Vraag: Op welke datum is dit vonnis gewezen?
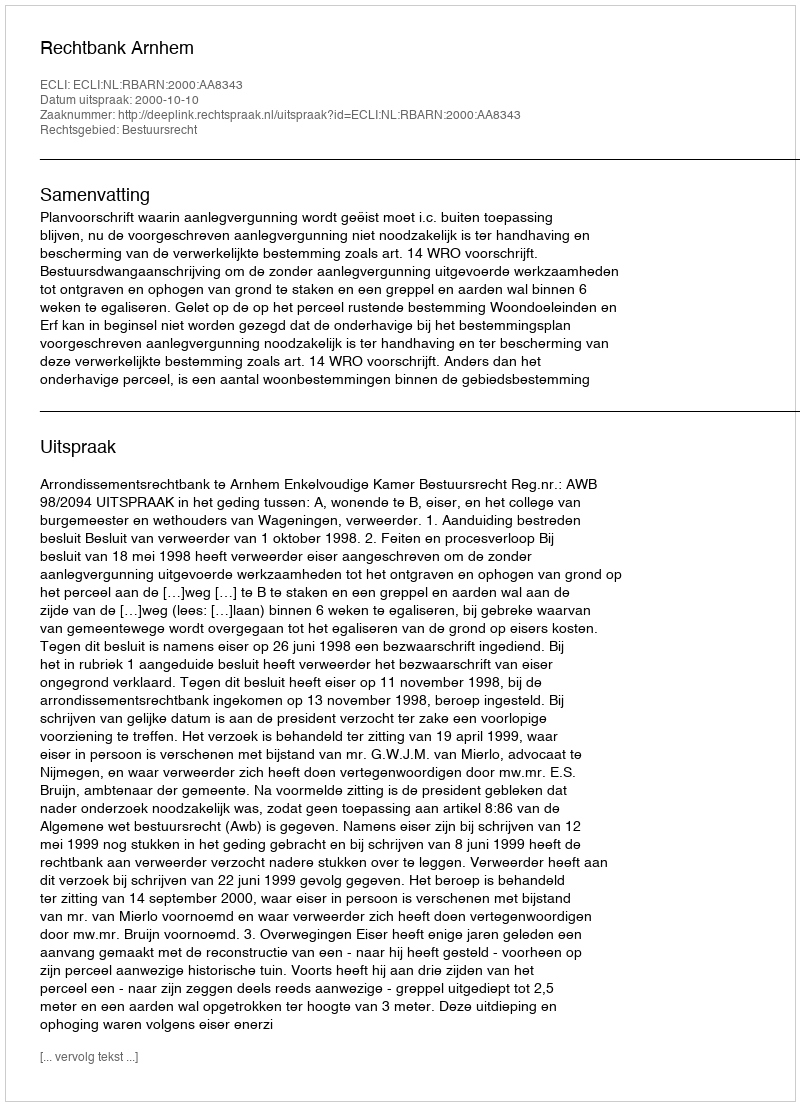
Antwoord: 2000-10-10